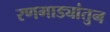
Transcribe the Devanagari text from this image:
रणगाड्यांतुन